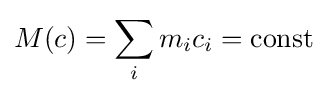
M(c)=\sum _{i}m_{i}c_{i}={\text{const}}